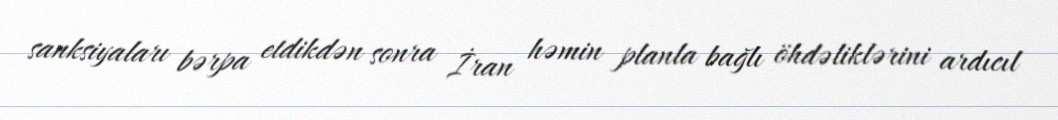
sanksiyaları bərpa etdikdən sonra İran həmin planla bağlı öhdəliklərini ardıcıl